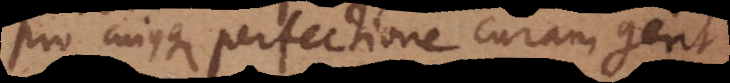
pro cujusque perfectione curam gerit.